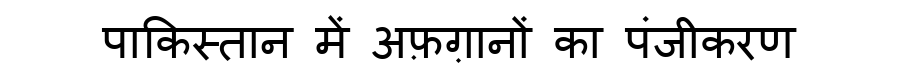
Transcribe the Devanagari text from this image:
पाकिस्तान में अफ़ग़ानों का पंजीकरण